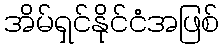
အိမ်ရှင်နိုင်ငံအဖြစ်